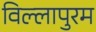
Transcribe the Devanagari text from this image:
विल्लापुरम